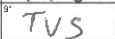
Transcription: TUS